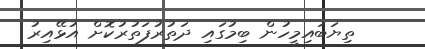
ތިޔަބައިމީހުން ބިމުގައި ދަތުރުފަތުރުކޮށް އުޅޭއިރު